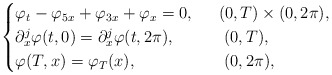
\begin{align*}\begin{cases}\varphi_t-\varphi_{5x}+\varphi_{3x}+\varphi_x=0, & \ \ (0,T)\times (0,2\pi),\\\partial_x^{j}\varphi(t,0)=\partial_{x}^{j}\varphi(t,2\pi),& \ \ \ (0,T),\\\varphi(T,x)=\varphi_T(x), &\ \ \ (0,2\pi),\end{cases}\end{align*}